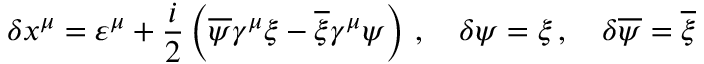
\delta x ^ { \mu } = \varepsilon ^ { \mu } + \frac { i } { 2 } \left( \overline { { { \psi } } } \gamma ^ { \mu } \xi - \overline { { { \xi } } } \gamma ^ { \mu } \psi \right) \, , \quad \delta \psi = \xi \, , \quad \delta \overline { { { \psi } } } = \overline { { { \xi } } }